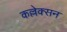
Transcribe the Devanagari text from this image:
कल्लेक्सन